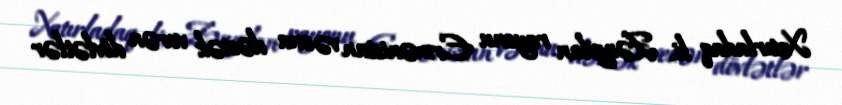
Xatırladaq ki, Zəngilan rayonu Ermənistan və ona dəstək verən dövlətlər